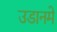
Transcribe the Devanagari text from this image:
उडानमे